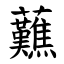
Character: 䖄